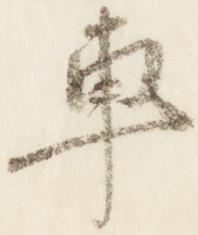
車